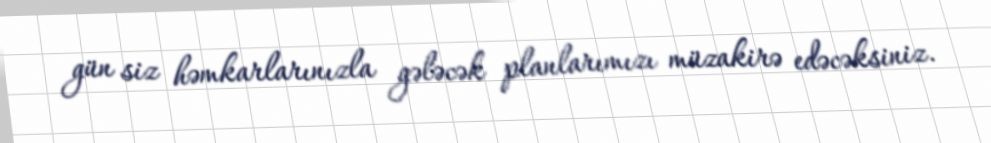
gün siz həmkarlarınızla gələcək planlarımızı müzakirə edəcəksiniz.